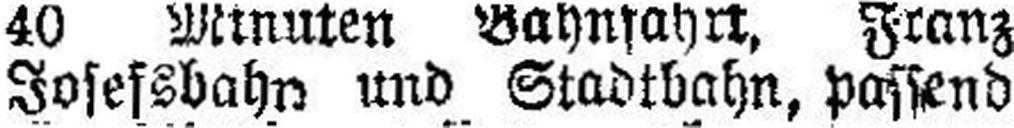
Josessbahn und Stadtbahn, passend